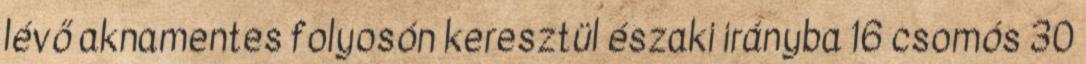
lévő aknamentes folyosón keresztül északi irányba 16 csomós 30